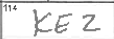
Transcription: KEZ